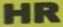
HR